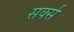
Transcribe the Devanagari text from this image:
सर्क्स